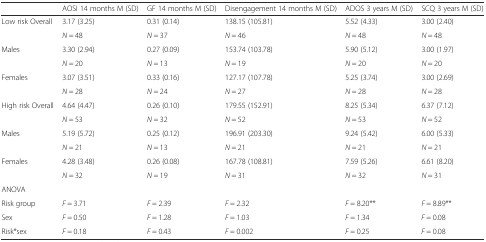
<table><thead><tr><td></td><td><b>AOSI 14 months M (SD)</b></td><td><b>GF 14 months M (SD)</b></td><td><b>Disengagement 14 months M (SD)</b></td><td><b>ADOS 3 years M (SD)</b></td><td><b>SCQ 3 years M (SD)</b></td></tr></thead><tbody><tr><td rowspan="2">Low risk Overall</td><td>3.17 (3.25)</td><td>0.31 (0.14)</td><td>138.15 (105.81)</td><td>5.52 (4.33)</td><td>3.00 (2.40)</td></tr><tr><td><i>N</i> = 48</td><td><i>N</i> = 37</td><td><i>N</i> = 46</td><td><i>N</i> = 48</td><td><i>N</i> = 48</td></tr><tr><td rowspan="2">Males</td><td>3.30 (2.94)</td><td>0.27 (0.09)</td><td>153.74 (103.78)</td><td>5.90 (5.12)</td><td>3.00 (1.97)</td></tr><tr><td><i>N</i> = 20</td><td><i>N</i> = 13</td><td><i>N</i> = 19</td><td><i>N</i> = 20</td><td><i>N</i> = 20</td></tr><tr><td rowspan="2">Females</td><td>3.07 (3.51)</td><td>0.33 (0.16)</td><td>127.17 (107.78)</td><td>5.25 (3.74)</td><td>3.00 (2.69)</td></tr><tr><td><i>N</i> = 28</td><td><i>N</i> = 24</td><td><i>N</i> = 27</td><td><i>N</i> = 28</td><td><i>N</i> = 28</td></tr><tr><td rowspan="2">High risk Overall</td><td>4.64 (4.47)</td><td>0.26 (0.10)</td><td>179.55 (152.91)</td><td>8.25 (5.34)</td><td>6.37 (7.12)</td></tr><tr><td><i>N</i> = 53</td><td><i>N</i> = 32</td><td><i>N</i> = 52</td><td><i>N</i> = 53</td><td><i>N</i> = 52</td></tr><tr><td rowspan="2">Males</td><td>5.19 (5.72)</td><td>0.25 (0.12)</td><td>196.91 (203.30)</td><td>9.24 (5.42)</td><td>6.00 (5.33)</td></tr><tr><td><i>N</i> = 21</td><td><i>N</i> = 13</td><td><i>N</i> = 21</td><td><i>N</i> = 21</td><td><i>N</i> = 21</td></tr><tr><td rowspan="2">Females</td><td>4.28 (3.48)</td><td>0.26 (0.08)</td><td>167.78 (108.81)</td><td>7.59 (5.26)</td><td>6.61 (8.20)</td></tr><tr><td><i>N</i> = 32</td><td><i>N</i> = 19</td><td><i>N</i> = 31</td><td><i>N</i> = 32</td><td><i>N</i> = 31</td></tr><tr><td colspan="6">ANOVA</td></tr><tr><td>Risk group</td><td><i>F</i> = 3.71</td><td><i>F</i> = 2.39</td><td><i>F</i> = 2.32</td><td><i>F</i> = 8.20**</td><td><i>F</i> = 8.89**</td></tr><tr><td>Sex</td><td><i>F</i> = 0.50</td><td><i>F</i> = 1.28</td><td><i>F</i> = 1.03</td><td><i>F</i> = 1.34</td><td><i>F</i> = 0.08</td></tr><tr><td>Risk*sex</td><td><i>F</i> = 0.18</td><td><i>F</i> = 0.43</td><td><i>F</i> = 0.002</td><td><i>F</i> = 0.25</td><td><i>F</i> = 0.08</td></tr></tbody></table>